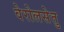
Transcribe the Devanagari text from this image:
वेरोलसेतु